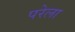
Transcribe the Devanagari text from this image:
परेला